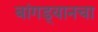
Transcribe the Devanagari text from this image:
बांगड्यानचा